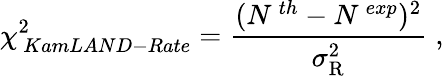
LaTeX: \chi_{\, KamLAND-Rate}^{2}=\frac{(N^{\, th}-N^{\, exp})^{2}}{\sigma_{\mathrm{R}}^{2}}\; ,